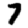
Digit: 7